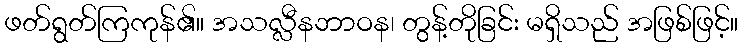
ဖတ်ရွတ်ကြကုန်၏။ အသလ္လီနဘာဝန၊ တွန့်တိုခြင်း မရှိသည် အဖြစ်ဖြင့်။